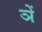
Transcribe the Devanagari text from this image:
ञें